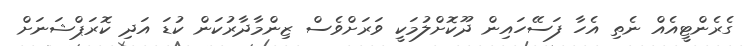
ގެރެންޓީއެއް ނެތި އެހާ ފަސޭހައިން ދޫކޮށްލުމަކީ ވަރަށްވެސް ޒިންމާދާރުކަން ކުޑަ އަދި ކޮރަޕްޝަނަށް